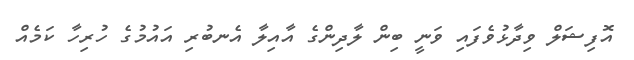
އޮފިޝަލް ވިދާޅުވެފައި ވަނީ ބިން ލާދިންގެ އާއިލާ އެނބުރި އައުމުގެ ހުރިހާ ކަމެއް